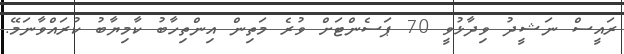
ރައީސް ނަޝީދު ވިދާޅުވީ 70 ޕަސެންޓަށް ވުރެ މަތިން އިންތިހާބު ކާމިޔާބު ކުރައްވާނަމޭ.